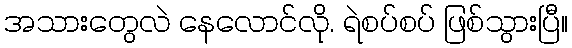
အသားတွေလဲ နေလောင်လို. ရဲစပ်စပ် ဖြစ်သွားပြီ။